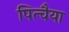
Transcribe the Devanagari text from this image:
पित्चैया